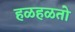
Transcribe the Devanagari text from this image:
हळहळतो